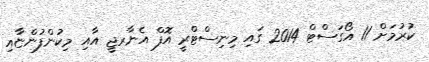
ކުރުމަށް 11 އޯގަސްޓް 2014 ގައި މިނިސްޓްރީ އޮފް އެނާރޖީ އާއި މިކުންފުންޏާއި